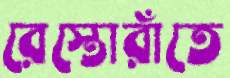
রেস্তোরাঁতে